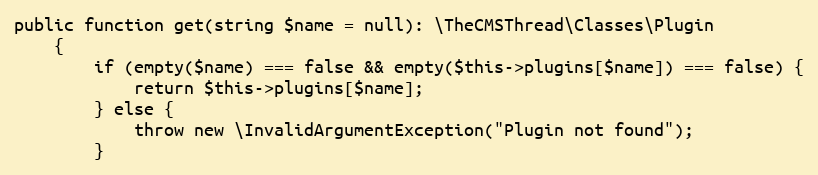
Language: PHP
public function get(string $name = null): \TheCMSThread\Classes\Plugin
    {
        if (empty($name) === false && empty($this->plugins[$name]) === false) {
            return $this->plugins[$name];
        } else {
            throw new \InvalidArgumentException("Plugin not found");
        }